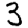
Digit: 3